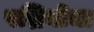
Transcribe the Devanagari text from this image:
पद्मिनीचा